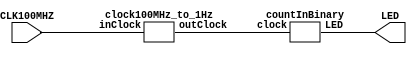
`timescale 1ns / 1ps


module binaryCounter(
    input CLK100MHZ,
    output [7:0] LED
    );
    
    wire clockWire;  

    clock100MHz_to_1Hz  setClock(CLK100MHZ, clockWire);
    countInBinary countBin(clockWire, LED);

endmodule


module countInBinary(
    input clock,
    output[7:0] LED 
    );
    
    reg[7:0] ctr = 0;
    assign LED = ctr;
    
    always @ (posedge clock) begin
        if (ctr == 255) begin
            ctr <= 0;
        end else begin
            ctr <= ctr + 1;
        end
    end
    
endmodule

// 100MHz to 1Hz is 100,000,000 cycle period
// log2(100,000,000) = 26.6 := 27 bits needed

module clock100MHz_to_1Hz(
    input inClock,
    output reg outClock
    );
    
    reg [26:0] ctr=0;
    
    always @ (posedge inClock) begin
        if(ctr==49_999_999) begin
            outClock <= 1'b0;
            ctr <= ctr + 1;            
        end else if(ctr==99_999_999) begin
            outClock <= 1'b1;
            ctr <= 0;
        end else begin
            ctr <= ctr + 1;
        end
    end
endmodule